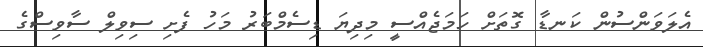
އެލަވަންސުން ކަނޑާ ގޮތަށް ހަމަޖެއްސީ މިދިޔަ ޑިސެމްބަރު މަހު ފެށި ސިވިލް ސާވިސްގެ